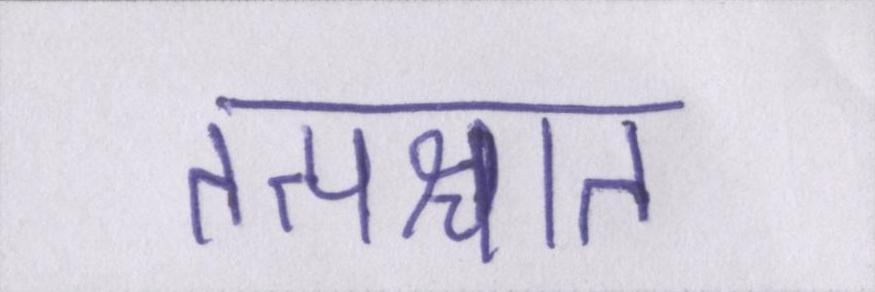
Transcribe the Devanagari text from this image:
तत्पश्चात